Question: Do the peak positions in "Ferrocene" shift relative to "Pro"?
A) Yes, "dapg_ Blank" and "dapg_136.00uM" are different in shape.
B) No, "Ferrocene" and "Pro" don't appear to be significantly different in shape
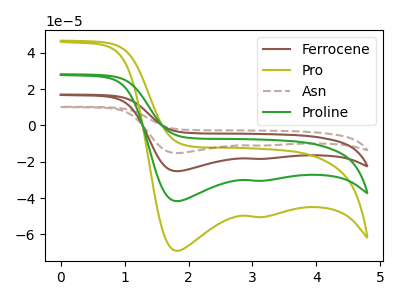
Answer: <think>The brown curve "Ferrocene" has cathodic peaks at (1.80V, -83.35uA) (3.05V, -60.90uA). The olive curve "Pro" has cathodic peaks at (1.80V, -69.00uA) (3.05V, -50.40uA). The brown dashed curve "Asn" has cathodic peaks at (1.80V, -125.05uA) (3.05V, -91.30uA). The green curve "Proline" has cathodic peaks at (1.80V, -41.70uA) (3.05V, -30.45uA).
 All the peaks in "Ferrocene" have a peak in "Pro" at the same potential. Every peak in "Ferrocene" is higher than every peak in "Pro".</think>
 <answer>B) No, "Ferrocene" and "Pro" don't appear to be significantly different in shape</answer>
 <eval>B</eval>